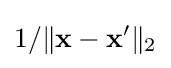
1/\|\mathbf {x} -\mathbf {x'} \|_{2}